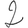
Digit: 2